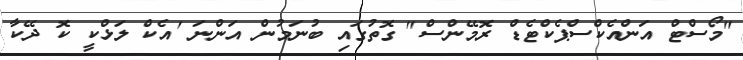
"މޯސްޓް އަންއެކްސްޕެކްޓެޑް ރޮމޭންސް" ގޮތުގައި ބުނަމުން އަންނަ 'އެކް ލަޅްކީ ކޮ ދޭކާ